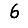
Digit: 6